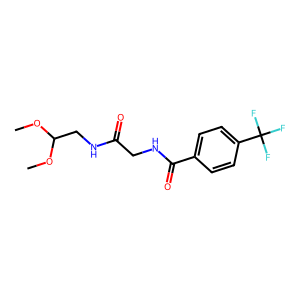
SMILES: COC(CNC(=O)CNC(=O)c1ccc(C(F)(F)F)cc1)OC
Inhibits HIV replication: No